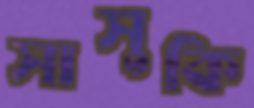
সাসুকি